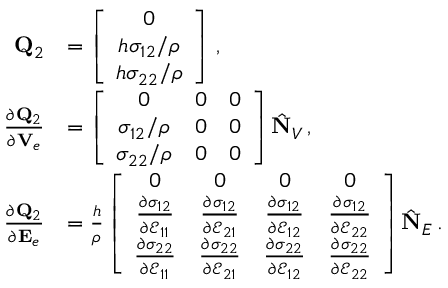
\begin{array} { r l } { { \bf Q } _ { 2 } } & { = \left[ \begin{array} { c } { 0 } \\ { h \sigma _ { 1 2 } / \rho } \\ { h \sigma _ { 2 2 } / \rho } \end{array} \right] \, , } \\ { \frac { \partial { \bf Q } _ { 2 } } { \partial { \bf V } _ { e } } } & { = \left[ \begin{array} { c c c } { 0 } & { 0 } & { 0 } \\ { \sigma _ { 1 2 } / \rho } & { 0 } & { 0 } \\ { \sigma _ { 2 2 } / \rho } & { 0 } & { 0 } \end{array} \right] \hat { \bf N } _ { V } \, , } \\ { \frac { \partial { \bf Q } _ { 2 } } { \partial { \bf E } _ { e } } } & { = \frac { h } { \rho } \left[ \begin{array} { c c c c } { 0 } & { 0 } & { 0 } & { 0 } \\ { \frac { \partial \sigma _ { 1 2 } } { \partial \mathcal { E } _ { 1 1 } } } & { \frac { \partial \sigma _ { 1 2 } } { \partial \mathcal { E } _ { 2 1 } } } & { \frac { \partial \sigma _ { 1 2 } } { \partial \mathcal { E } _ { 1 2 } } } & { \frac { \partial \sigma _ { 1 2 } } { \partial \mathcal { E } _ { 2 2 } } } \\ { \frac { \partial \sigma _ { 2 2 } } { \partial \mathcal { E } _ { 1 1 } } } & { \frac { \partial \sigma _ { 2 2 } } { \partial \mathcal { E } _ { 2 1 } } } & { \frac { \partial \sigma _ { 2 2 } } { \partial \mathcal { E } _ { 1 2 } } } & { \frac { \partial \sigma _ { 2 2 } } { \partial \mathcal { E } _ { 2 2 } } } \end{array} \right] \hat { \bf N } _ { E } \, . } \end{array}